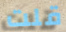
قلت